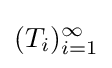
(T_{i})_{i=1}^{\infty }